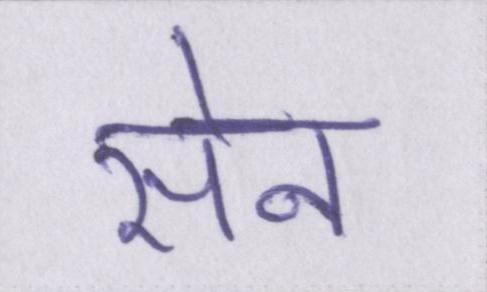
सेन